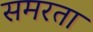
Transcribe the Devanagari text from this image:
समरता